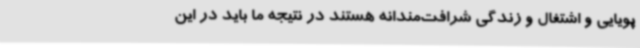
پویایی و اشتغال و زندگی شرافت‌مندانه هستند در نتیجه ما باید در این